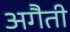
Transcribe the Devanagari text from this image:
अगैती